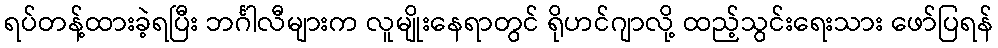
ရပ်တန့်ထားခဲ့ရပြီး ဘင်္ဂါလီများက လူမျိုးနေရာတွင် ရိုဟင်ဂျာလို့ ထည့်သွင်းရေးသား ဖော်ပြရန်